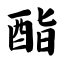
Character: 酯